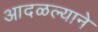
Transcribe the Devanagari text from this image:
आदळल्याने